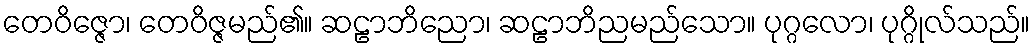
တေဝိဇ္ဇော၊ တေဝိဇ္ဇမည်၏။ ဆဠာဘိညော၊ ဆဠာဘိညမည်သော။ ပုဂ္ဂလော၊ ပုဂ္ဂိုလ်သည်။